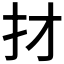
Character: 𢩱